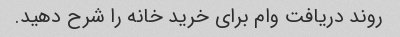
روند دریافت وام برای خرید خانه را شرح دهید.